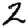
Digit: 2